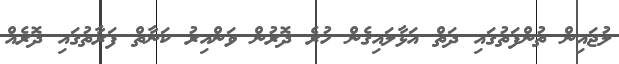
ލުޖައިން ތުންފަތުގައި ދަތް އަޅާލައިގެން ހުރެ ދޮރުން ވަންއިރު ކަނާތް ފަރާތުގައި ދޮރެއް